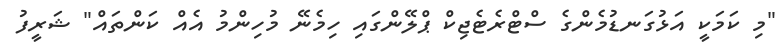
"މި ކަމަކީ އަޅުގަނޑުމެންގެ ސްޓްރެޓެޖިކް ޕްލޭންގައި ހިމެނޭ މުހިންމު އެއް ކަންތައް" ޝަރީފު